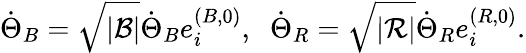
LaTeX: \dot{\Theta}_{B}=\sqrt{|{\cal B}|}\dot{\Theta}_{B}e_{i}^{(B,0)},\; \; \dot{\Theta}_{R}=\sqrt{|{\cal R}|}\dot{\Theta}_{R}e_{i}^{(R,0)}.